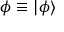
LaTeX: { \boldsymbol { \phi } } \equiv | \phi \rangle